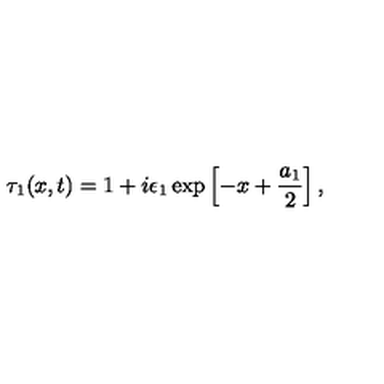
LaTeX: \tau _ { 1 } ( x , t ) = 1 + i \epsilon _ { 1 } \exp \left[ - x + \frac { a _ { 1 } } { 2 } \right] ,